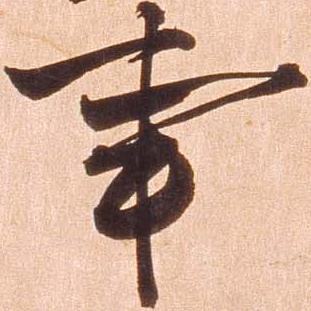
事